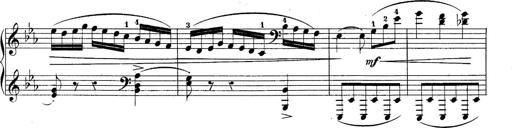
Title: 10 Sonatines progressives
Composer: Anton Schmoll